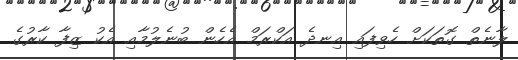
ލާނެތް ގޮތަކަށް ހެވިފައި އިނދެ އަކްރަމް އެހެން ބުނެލުމާއި އެކު ޒިފާ ކާރުގެ